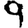
Digit: 9